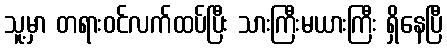
သူ့မှာ တရားဝင်လက်ထပ်ပြီး သားကြီးမယားကြီး ရှိနေပြီ